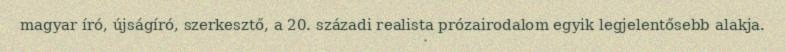
magyar író, újságíró, szerkesztő, a 20. századi realista prózairodalom egyik legjelentősebb alakja.